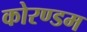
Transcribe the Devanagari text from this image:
कोरण्डम